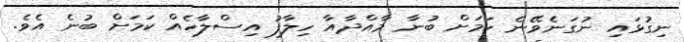
ނިގުޅައި ނުގަނެވޭނެ ކަމަށް ބުނާ މާއްދާއާ ހިލާފު އިސްލާހެއް ކަމަށް ބުނެ އެވެ.